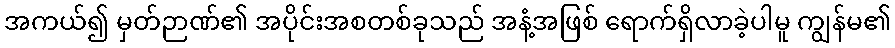
အကယ်၍ မှတ်ဉာဏ်၏ အပိုင်းအစတစ်ခုသည် အနံ့အဖြစ် ရောက်ရှိလာခဲ့ပါမူ ကျွန်မ၏